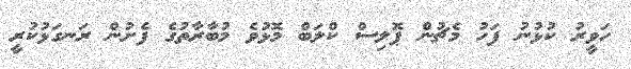
ހަވީރު ކުޅުނު ފަހު މެޗުން ޕޮލިސް ކްލަބް މޮޅުވެ މުބާރާތުގެ ފެށުން ރަނގަޅުކުރީ